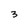
Character: 3